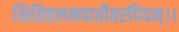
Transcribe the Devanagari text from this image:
क्षितितलमवातीतरदिदम्।।